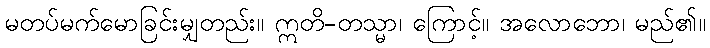
မတပ်မက်မောခြင်းမျှတည်း။ ဣတိ-တသ္မာ၊ ကြောင့်။ အလောဘော၊ မည်၏။